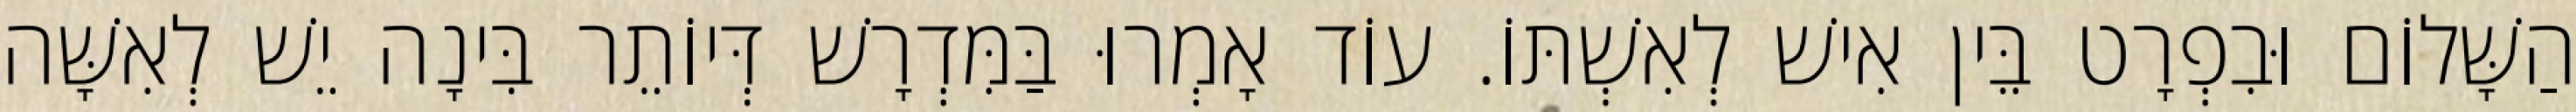
הַשָּׁלוֹם וּבִפְרָט בֵּין אִישׁ לְאִשְׁתּוֹ. עוֹד אָמְרוּ בַּמִּדְרָשׁ דְּיוֹתֵר בִּינָה יֵשׁ לְאִשָּׁה